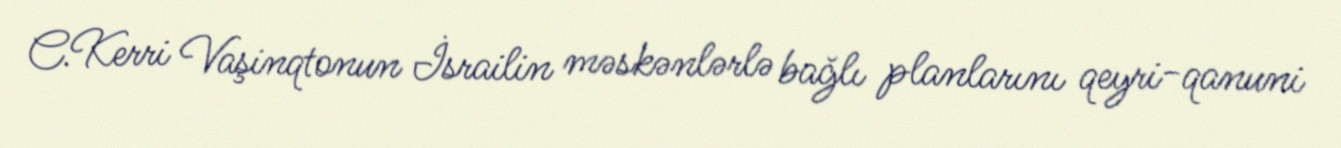
C.Kerri Vaşinqtonun İsrailin məskənlərlə bağlı planlarını qeyri-qanuni